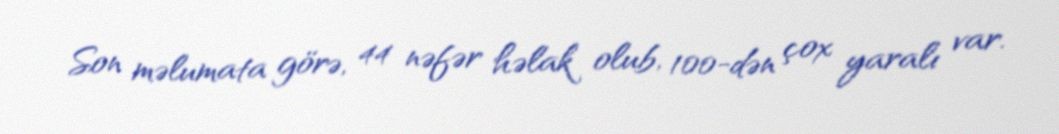
Son məlumata görə, 44 nəfər həlak olub, 100-dən çox yaralı var.